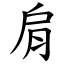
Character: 肩